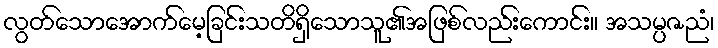
လွတ်သောအောက်မေ့ခြင်းသတိရှိသောသူ၏အဖြစ်လည်းကောင်း။ အသမ္ပဇညံ၊